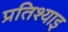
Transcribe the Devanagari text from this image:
प्रतिश्याइ